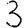
Digit: 3